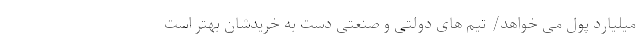
میلیارد پول می خواهد/ تیم های دولتی و صنعتی دست به خریدشان بهتر است